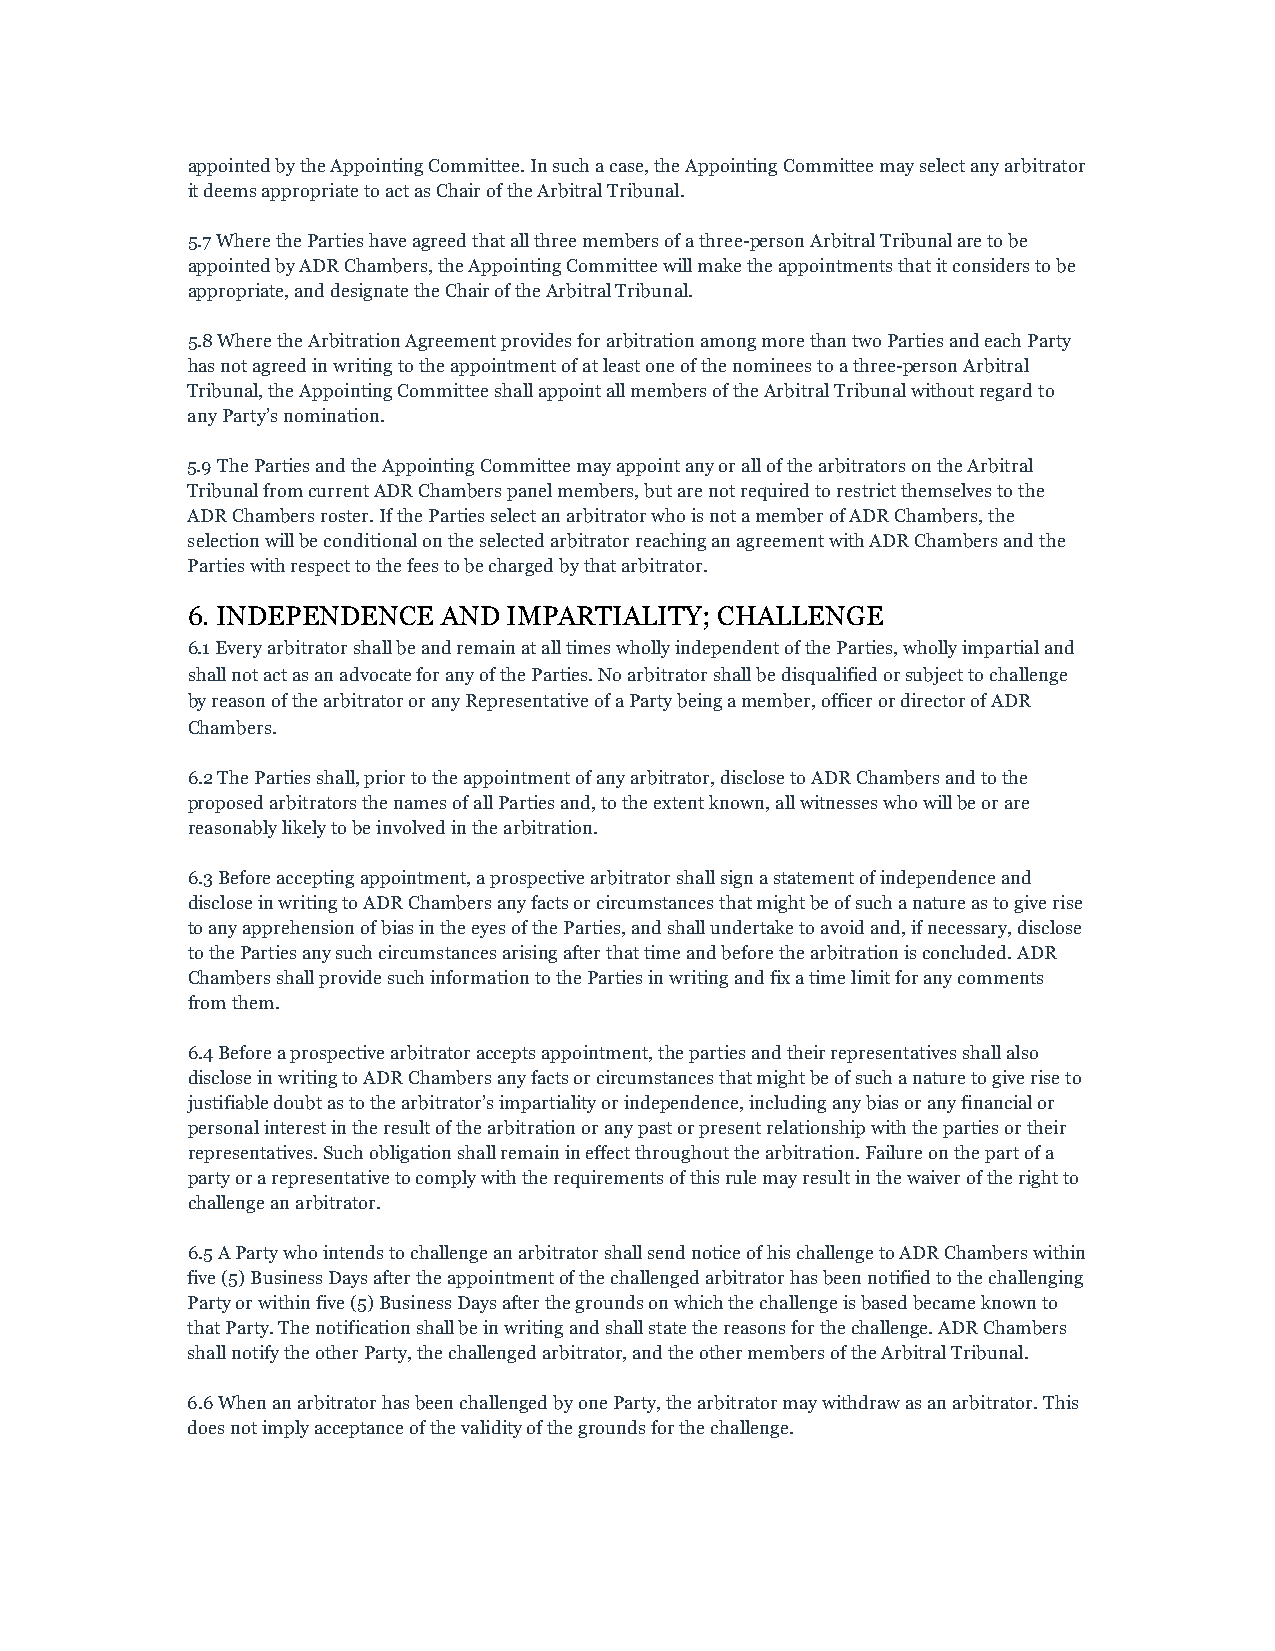
appointed by the Appointing Committee. In such a case, the Appointing Committee may select any arbitrator
 it deems appropriate to act as Chair of the Arbitral Tribunal.
 5.7 Where the Parties have agreed that all three members of a three-person Arbitral Tribunal are to be
 appointed by ADR Chambers, the Appointing Committee will make the appointments that it considers to be
 appropriate, and designate the Chair of the Arbitral Tribunal.
 5.8 Where the Arbitration Agreement provides for arbitration among more than two Parties and each Party
 has not agreed in writing to the appointment of at least one of the nominees to a three-person Arbitral
 Tribunal, the Appointing Committee shall appoint all members of the Arbitral Tribunal without regard to
 any Party’s nomination.
 5.9 The Parties and the Appointing Committee may appoint any or all of the arbitrators on the Arbitral
 Tribunal from current ADR Chambers panel members, but are not required to restrict themselves to the
 ADR Chambers roster. If the Parties select an arbitrator who is not a member of ADR Chambers, the
 selection will be conditional on the selected arbitrator reaching an agreement with ADR Chambers and the
 Parties with respect to the fees to be charged by that arbitrator.
 6. INDEPENDENCE  AND  IMPARTIALITY; CHALLENGE
 6.1 Every arbitrator shall be and remain at all times wholly independent of the Parties, wholly impartial and
 shall not act as an advocate for any of the Parties. No arbitrator shall be disqualified or subject to challenge
 by reason of the arbitrator or any Representative of a Party being a member, officer or director of ADR
 Chambers.
 6.2 The Parties shall, prior to the appointment of any arbitrator, disclose to ADR Chambers and to the
 proposed arbitrators the names of all Parties and, to the extent known, all witnesses who will be or are
 reasonably likely to be involved in the arbitration.
 6.3 Before accepting appointment, a prospective arbitrator shall sign a statement of independence and
 disclose in writing to ADR Chambers any facts or circumstances that might be of such a nature as to give rise
 to any apprehension of bias in the eyes of the Parties, and shall undertake to avoid and, if necessary, disclose
 to the Parties any such circumstances arising after that time and before the arbitration is concluded. ADR
 Chambers shall provide such information to the Parties in writing and fix a time limit for any comments
 from them.
 6.4 Before a prospective arbitrator accepts appointment, the parties and their representatives shall also
 disclose in writing to ADR Chambers any facts or circumstances that might be of such a nature to give rise to
 justifiable doubt as to the arbitrator’s impartiality or independence, including any bias or any financial or
 personal interest in the result of the arbitration or any past or present relationship with the parties or their
 representatives. Such obligation shall remain in effect throughout the arbitration. Failure on the part of a
 party or a representative to comply with the requirements of this rule may result in the waiver of the right to
 challenge an arbitrator.
 6.5 A Party who intends to challenge an arbitrator shall send notice of his challenge to ADR Chambers within
 five (5) Business Days after the appointment of the challenged arbitrator has been notified to the challenging
 Party or within five (5) Business Days after the grounds on which the challenge is based became known to
 that Party. The notification shall be in writing and shall state the reasons for the challenge. ADR Chambers
 shall notify the other Party, the challenged arbitrator, and the other members of the Arbitral Tribunal.
 6.6 When an arbitrator has been challenged by one Party, the arbitrator may withdraw as an arbitrator. This
 does not imply acceptance of the validity of the grounds for the challenge.